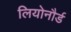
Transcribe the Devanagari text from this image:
लियोनौर्ड